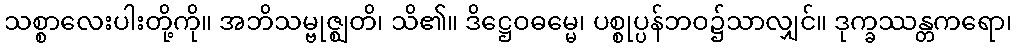
သစ္စာလေးပါးတို့ကို။ အဘိသမ္ဗုဇ္ဈတိ၊ သိ၏။ ဒိဋ္ဌေဝဓမ္မေ၊ ပစ္စုပ္ပန်ဘဝ၌သာလျှင်။ ဒုက္ခဿန္တကရော၊